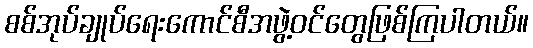
စစ်အုပ်ချုပ်ရေးကောင်စီအဖွဲ့ဝင်တွေဖြစ်ကြပါတယ်။